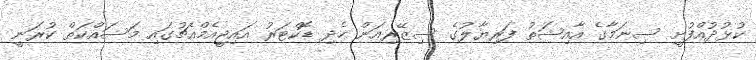
ކުޅުދުއްފުށީ ސިނަމާގެ އާއިޝަތު ފަރިޔާލުގެ ސިޒޭރިއަން ހެދި ޑޮކްޓަރު އައިޖީއެމްއެޗުގައި މަސައްކަތް ކުރަނީ